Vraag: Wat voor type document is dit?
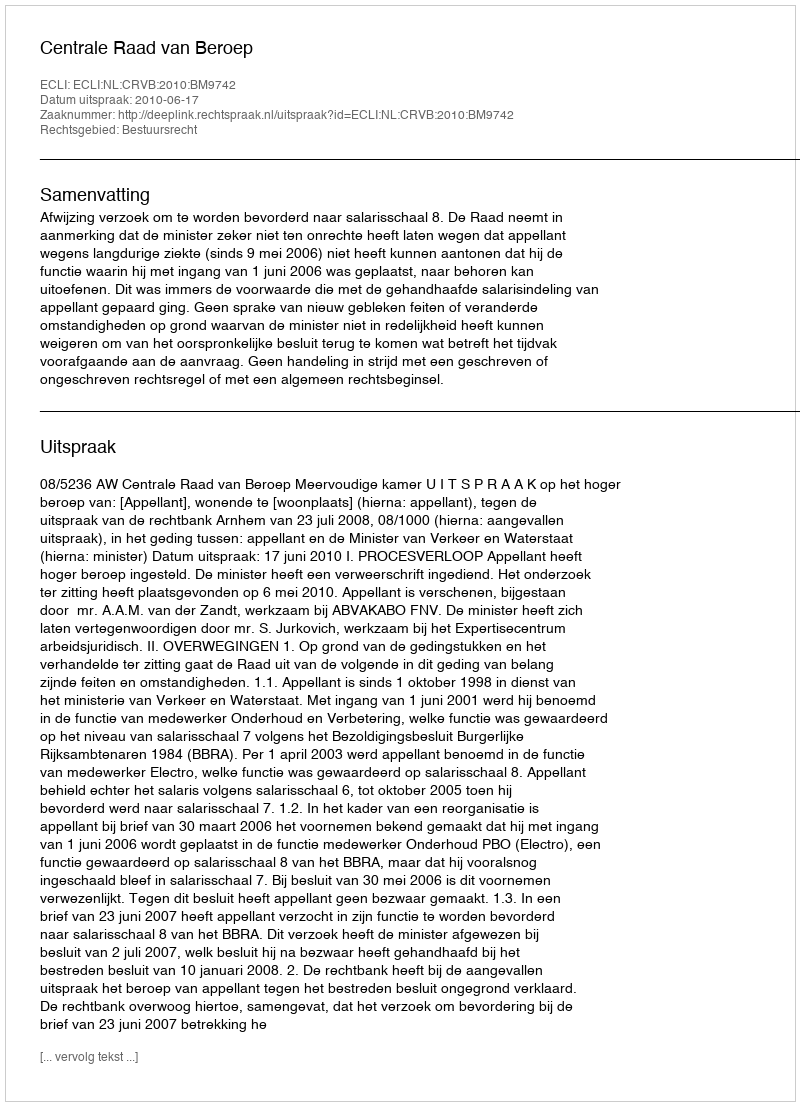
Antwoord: Uitspraak